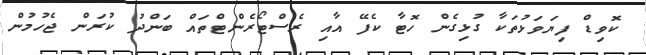
ކޮވިޑް ފިޔަވަޅުތަކާ ގުޅިގެން ހޮޓާ ކެފޭ އާއި ރެސްޓޯރެންޓްތައް ބަންދު ކުރަން ޖެހުމުން